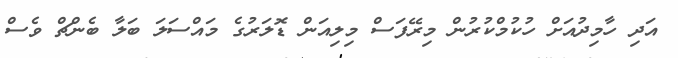
އަދި ހާމިދުއަށް ހުކުމްކުރުން މިރޭފަސް މިލިއަން ޑޮލަރުގެ މައްސަލަ ބަލާ ބެންޗް ވެސް